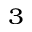
_ 3